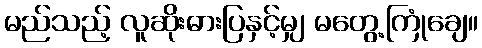
မည်သည့် လူဆိုးဓားပြနှင့်မျှ မတွေ့ကြုံချေ။